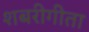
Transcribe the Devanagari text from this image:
शबरीगीता